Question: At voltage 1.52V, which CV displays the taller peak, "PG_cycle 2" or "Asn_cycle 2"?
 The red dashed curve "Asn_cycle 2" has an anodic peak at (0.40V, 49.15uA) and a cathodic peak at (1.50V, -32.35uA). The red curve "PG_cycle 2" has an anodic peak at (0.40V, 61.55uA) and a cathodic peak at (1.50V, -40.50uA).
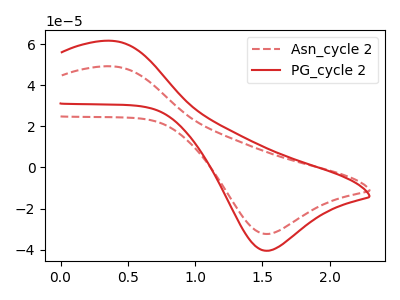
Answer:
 <answer>The peak at 1.52V is higher in "PG_cycle 2" than in "Asn_cycle 2".</answer>
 <eval>higher</eval>